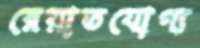
রেয়াতযোগ্য